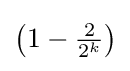
\textstyle \left(1-{\frac {2}{2^{k}}}\right)